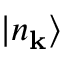
| n _ { \mathbf { k } } \rangle